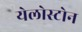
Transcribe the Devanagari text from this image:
येलोस्टोन